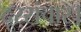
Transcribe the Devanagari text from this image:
दूरसंचार।